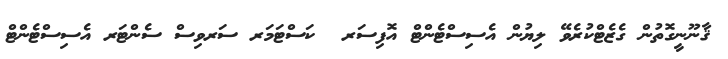
ޤާނޫނީގޮތުން ގެޒެޓްކުރެވޭ ލިޔުން އެސިސްޓެންޓް އޮފިސަރ  ކަސްޓަމަރ ސަރވިސް ސެންޓަރ އެސިސްޓެންޓް